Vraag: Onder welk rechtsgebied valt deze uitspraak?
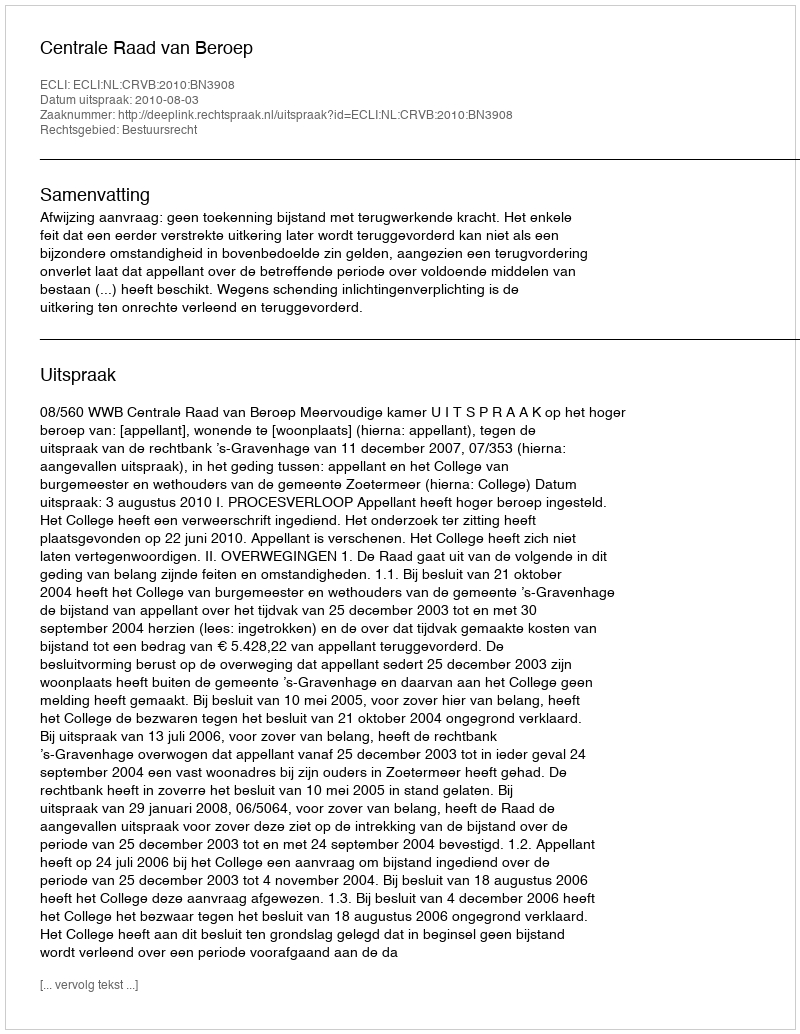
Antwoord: Bestuursrecht